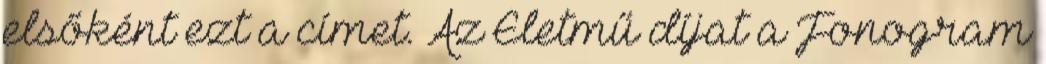
elsőként ezt a címet. Az Életmű díjat a Fonogram